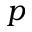
p